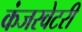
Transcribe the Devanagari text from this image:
कंजरवेटरी